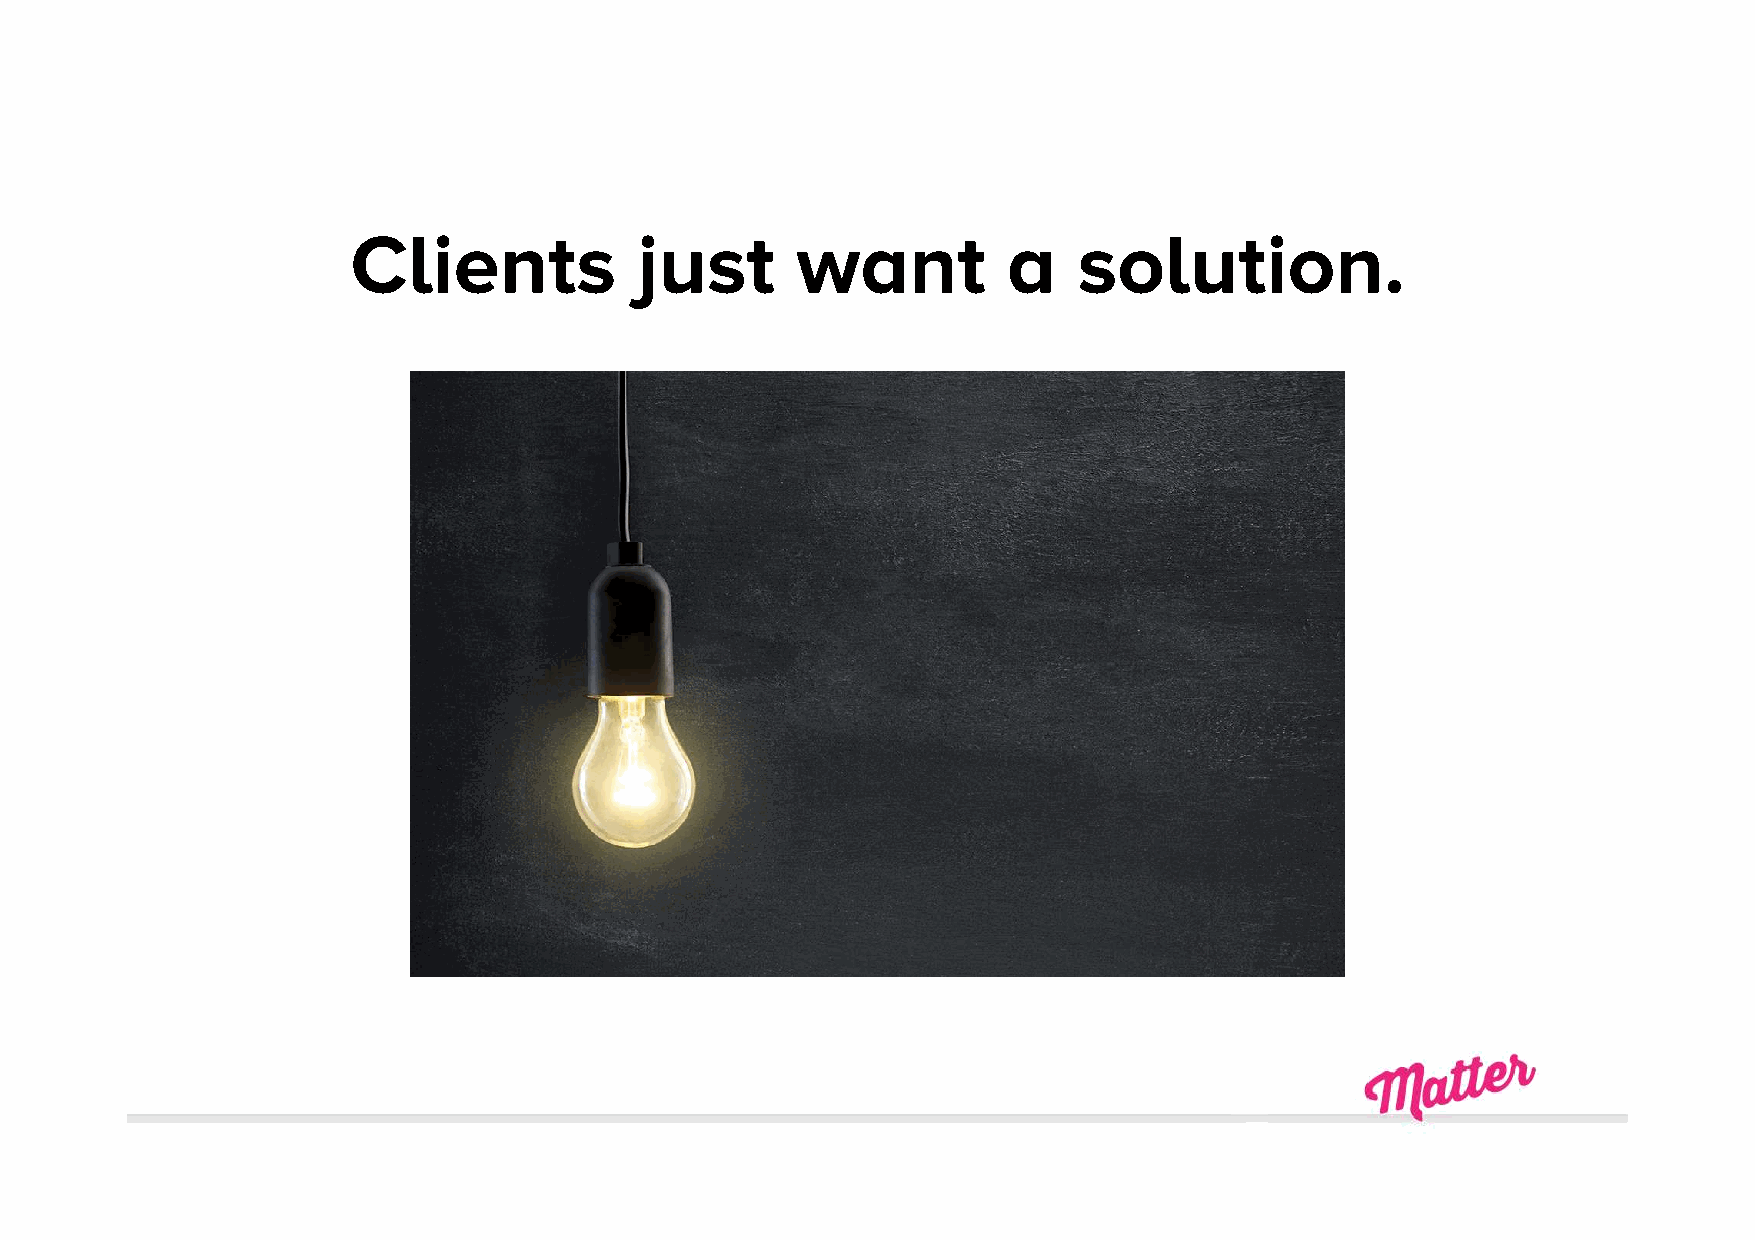
Clients            just       want          a   solution.